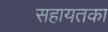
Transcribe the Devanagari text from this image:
सहायतका